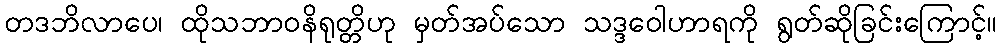
တဒဘိလာပေ၊ ထိုသဘာဝနိရုတ္တိဟု မှတ်အပ်သော သဒ္ဒဝေါဟာရကို ရွတ်ဆိုခြင်းကြောင့်။